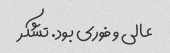
عالی و فوری بود. تشکر